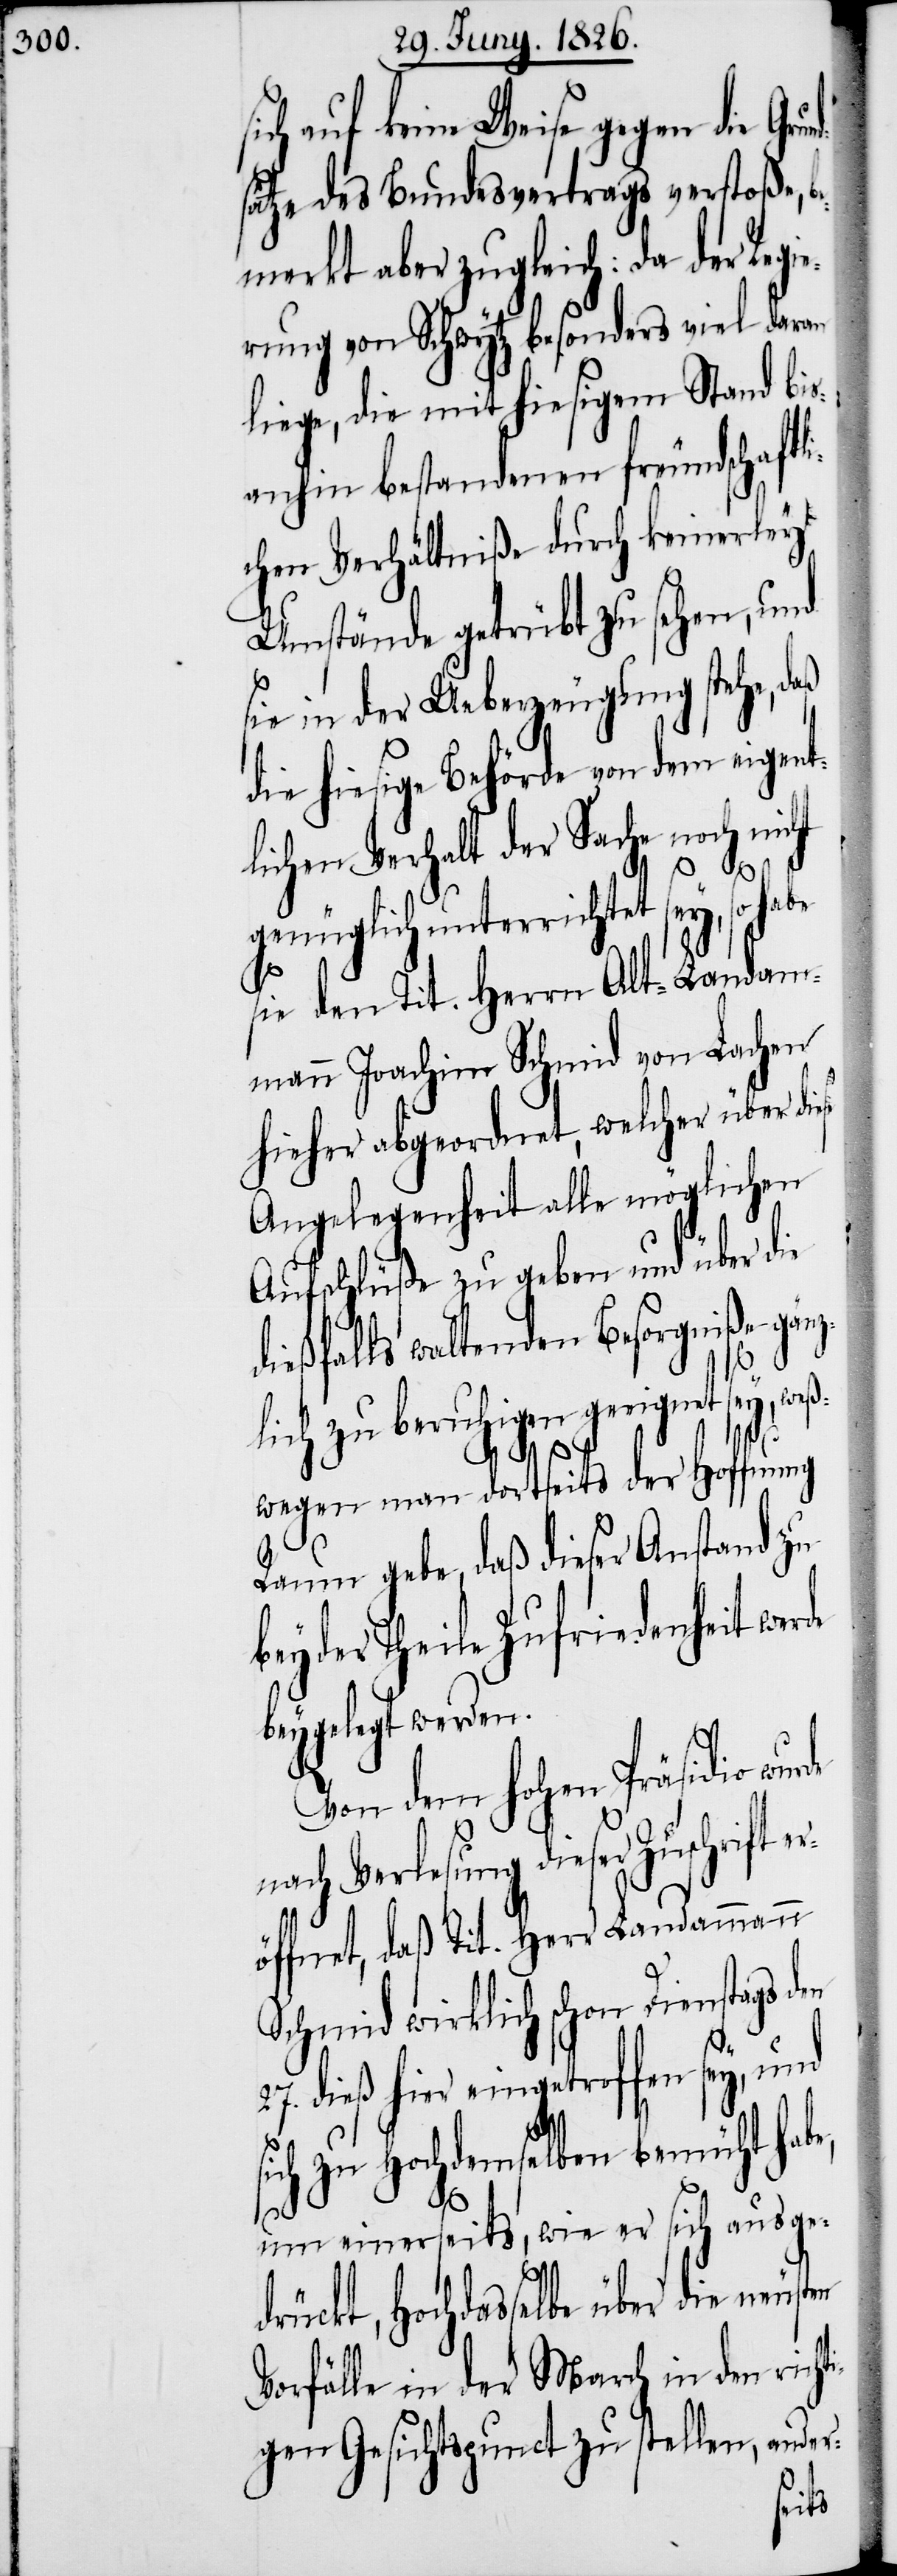
ich auf keine Weise gegen die Gr¬
sätze des Bundesvertrags verstoße, b¬
emerkt aber zugleich: da der Regi¬
erung von Schwytz besonders viel dran
liege, die mit hiesigem Stand bis¬
anhin bestandenen freundschaftl¬
ichen Verhältniße durch keinerley
Umstände getrübt zu sehen, und
sie in der Ueberzeugung stehe, daß
hiesige Behörde von dem eigen¬
lichen Verhalt der Sache noch nicht
genüglich unterreichtet sey, so habe
s¬
sie den Tit. Herrn Alt-Landam¬
mann Joachim Schmid von Lachen
hieher abgeordnet, welcher über die¬
Angelegenheit alle möglichen
Aufschlüße zu geben und über die
dießfalls waltenden Besorgniße gän¬
zlich zu beruhigen geeignet sey, weß¬
wegen man dortseits der Hoffnung
Raum gebe, daß dieser Anstand zu
beyder Theile Zufriedenheit werde
beygelegt werden.
Von dem hohen Präsidio
ach Verlesung dieser Zuschrift
öffnet, daß Tit. Herr Landammann¬
Schmid wirklich schon Dienstags
27. dieß hier eingetroffen sey, und
ich zu Hochdemselben bemüht habe,
um einerseits, wie er sich ausged¬
rückt, Hochdasselbe über die neu¬
Vorfälle in der March in den richt¬
igen Gesichtspunct zu stellen, ander-
sten